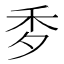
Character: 𥝘